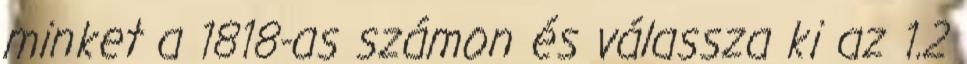
minket a 1818-as számon és válassza ki az 1.2